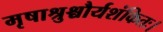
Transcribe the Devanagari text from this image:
मृषाश्रुश्चौर्यशंकितः।